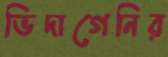
ভিদাগেনির